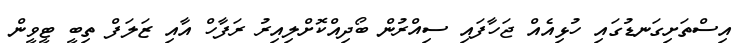
އިސްތަށިގަނޑުގައި ހުޅިއެއް ޖަހާފައި ސިއްރުން ބޯދިއްކޮށްލިއިރު ރަފާހް އާއި ޒަލަފް ތިބީ ޓީވީން